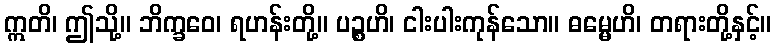
ဣတိ၊ ဤသို့။ ဘိက္ခဝေ၊ ရဟန်းတို့။ ပဉ္စဟိ၊ ငါးပါးကုန်သော။ ဓမ္မေဟိ၊ တရားတို့နှင့်။